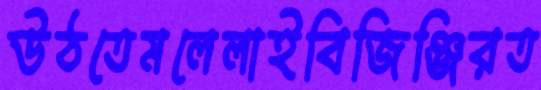
উঠতেমলেলাইবিজিঞ্জিরত